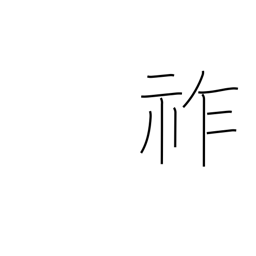
Meaning: imperial throne